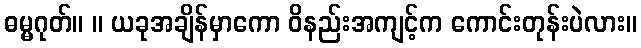
ဓမ္မဂုတ်။ ။ ယခုအချိန်မှာကော ဝိနည်းအကျင့်က ကောင်းတုန်းပဲလား။